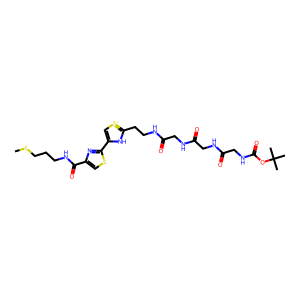
SMILES: CSCCCNC(=O)c1csc(-c2c[s+]c(CCNC(=O)CNC(=O)CNC(=O)CNC(=O)OC(C)(C)C)[nH]2)n1
Inhibits HIV replication: No